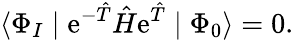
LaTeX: \langle\Phi_{I}\mid\mathrm{e}^{-\hat{T}}\hat{H}\mathrm{e}^{\hat{T}}\mid\Phi_{0}\rangle=0.